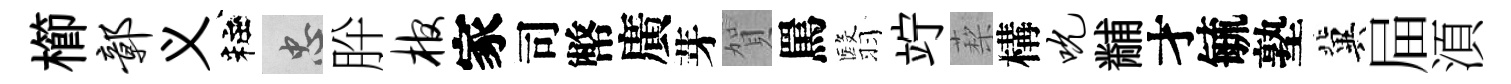
櫛鄣义粧忠肸棺家司幣廣芽賀罵翳竚蔾構吮黼才毓塾冀屇湏